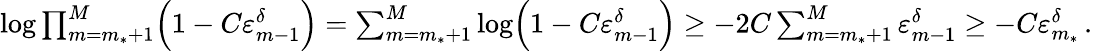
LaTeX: \begin{array}{r}{\log\prod_{m=m_{*}+1}^{M}\Bigl(1-C\varepsilon_{m-1}^{\delta}\Bigr)=\sum_{m=m_{*}+1}^{M}\log\Bigl(1-C\varepsilon_{m-1}^{\delta}\Bigr)\geq-2C\sum_{m=m_{*}+1}^{M}\varepsilon_{m-1}^{\delta}\geq-C\varepsilon_{m_{*}}^{\delta}\, .}\end{array}